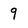
Character: 9